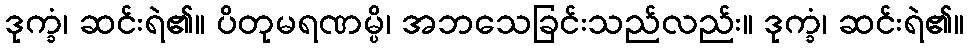
ဒုက္ခံ၊ ဆင်းရဲ၏။ ပိတုမရဏမ္ပိ၊ အဘသေခြင်းသည်လည်း။ ဒုက္ခံ၊ ဆင်းရဲ၏။